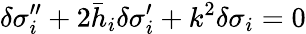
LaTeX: \delta\sigma_{i}^{\prime\prime}+2\bar{h}_{i}\delta\sigma_{i}^{\prime}+k^{2}\delta\sigma_{i}=0